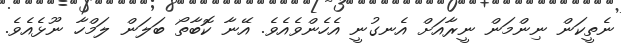
ނެތީކަން ނިންމަން ނީރާއަށް އެނގުނީ އެހެންވެއެވެ. އޭނާ ކޮބާތޯ ބަލަން ލަމްހާ ނޫޅެއެވެ.